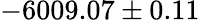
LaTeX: -6009.07\pm 0.11\hphantom{0}